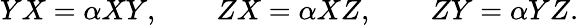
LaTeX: YX=\alpha XY,\qquad ZX=\alpha XZ,\qquad ZY=\alpha YZ.